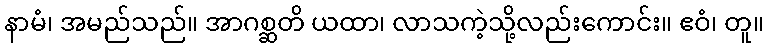
နာမံ၊ အမည်သည်။ အာဂစ္ဆတိ ယထာ၊ လာသကဲ့သို့လည်းကောင်း။ ဧဝံ၊ တူ။